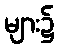
များ၌